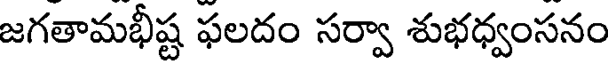
జగతామభీష్ట ఫలదం సర్వా శుభధ్వంసనం